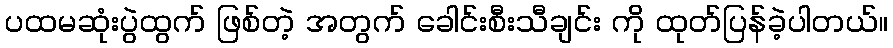
ပထမဆုံးပွဲထွက် ဖြစ်တဲ့ အတွက် ခေါင်းစီးသီချင်း ကို ထုတ်ပြန်ခဲ့ပါတယ်။